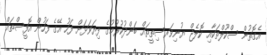
އެގޮތުން ސްކޫލްތަކާއި ކޮލެޖް ޔުނިވަރސިތީތައް ބަންދުކުރުމުގެ ފިޔަވަޅަށް ފަހު އޭގެ ފަހުން އޮފީސްތައް